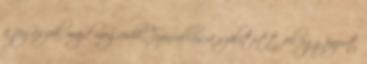
a jogászok majd megvédik. Színvallásra szólított fel egy papot